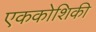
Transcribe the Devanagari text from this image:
एककोशिकी